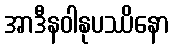
အာဒီနဝါနုပဿိနော